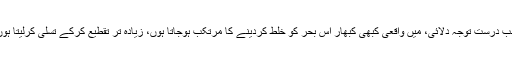
آپ نے پہلی تین صورتوں میں عروضی سقم کی جانب درست توجہ دلائی، میں واقعی کبھی کبھار اس بحر کو خلط کردینے کا مرتکب ہوجاتا ہوں، زیادہ تر تقطیع کرکے تسلی کرلیتا ہوں مگر کبھی کبھار سستی اور کاہلی آڑے آجاتی ہے۔